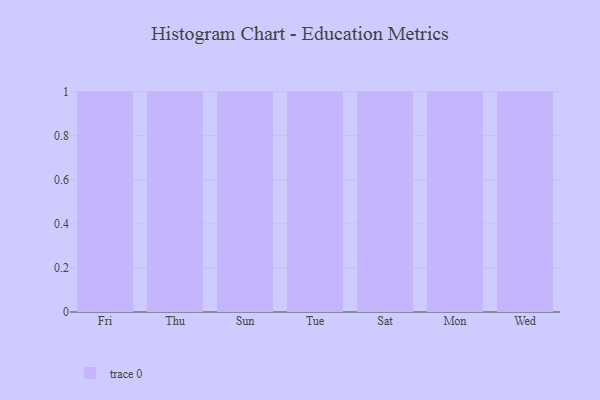
{"axis": {"x": "Day", "y": "Demand Index"}, "legend": [""], "data": [{"x": "Fri", "y": 73, "type": ""}, {"x": "Thu", "y": 38, "type": ""}, {"x": "Sun", "y": 41, "type": ""}, {"x": "Tue", "y": 100, "type": ""}, {"x": "Sat", "y": 70, "type": ""}, {"x": "Mon", "y": 66, "type": ""}, {"x": "Wed", "y": 26, "type": ""}]}